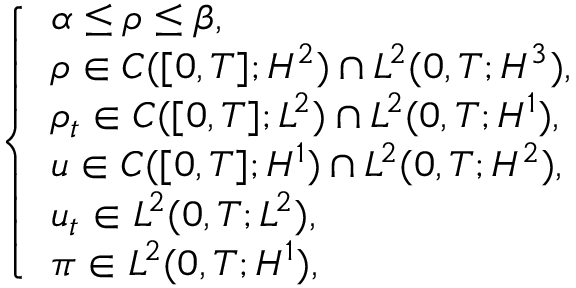
\left\{ \begin{array} { l l } { \alpha \leq \rho \leq \beta , } \\ { \rho \in C ( [ 0 , T ] ; H ^ { 2 } ) \cap L ^ { 2 } ( 0 , T ; H ^ { 3 } ) , } \\ { \rho _ { t } \in C ( [ 0 , T ] ; L ^ { 2 } ) \cap L ^ { 2 } ( 0 , T ; H ^ { 1 } ) , } \\ { u \in C ( [ 0 , T ] ; H ^ { 1 } ) \cap L ^ { 2 } ( 0 , T ; H ^ { 2 } ) , } \\ { u _ { t } \in L ^ { 2 } ( 0 , T ; L ^ { 2 } ) , } \\ { \pi \in L ^ { 2 } ( 0 , T ; H ^ { 1 } ) , } \end{array} \right.